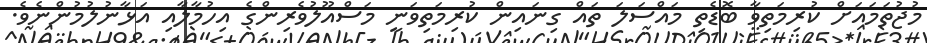
މުޖުތަމައަށް ކުރިމަތިވާ ބޮޑެތި މައްސަލަ ތައް ގިނައިން ކުރިމަތިވަނީ މަސްއޫލުވެރިންގެ އިހުމާލާއި އަޅާނުލުމުންނެވެ.